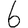
Digit: 6